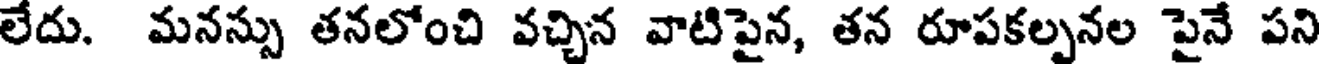
లేదు. మనస్సు తనలోంచి వచ్చిన వాటిపైన, తన రూపకల్పనల పైనే పని